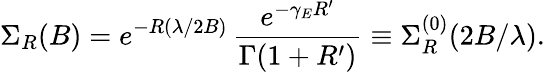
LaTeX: \Sigma_{R}(B)=e^{-R(\lambda/2B)}\, \frac{e^{-\gamma_{E}R^{\prime}}}{\Gamma(1+R^{\prime})}\equiv\Sigma_{R}^{(0)}(2B/\lambda).